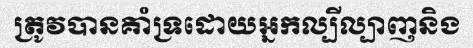
ត្រូវបានគាំទ្រដោយអ្នកល្បីល្បាញនិង